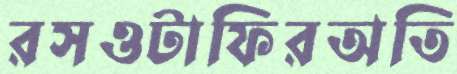
রসওটাফিরঅতি